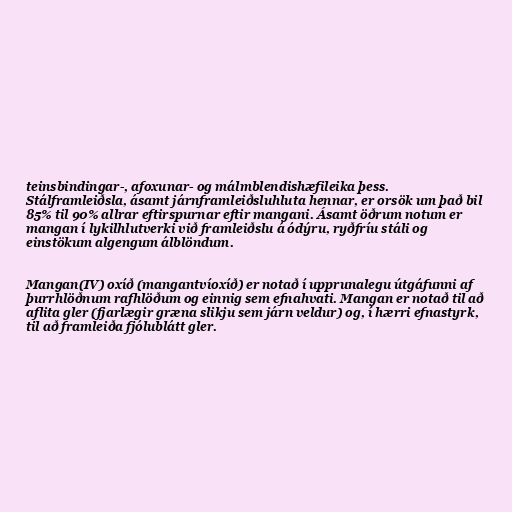
teinsbindingar-, afoxunar- og málmblendishæfileika þess.
Stálframleiðsla, ásamt járnframleiðsluhluta hennar, er orsök um það bil
85% til 90% allrar eftirspurnar eftir mangani. Ásamt öðrum notum er
mangan í lykilhlutverki við framleiðslu á ódýru, ryðfríu stáli og
einstökum algengum álblöndum.

Mangan(IV) oxíð (mangantvíoxíð) er notað í upprunalegu útgáfunni af
þurrhlöðnum rafhlöðum og einnig sem efnahvati. Mangan er notað til að
aflita gler (fjarlægir græna slikju sem járn veldur) og, í hærri efnastyrk,
til að framleiða fjólublátt gler.